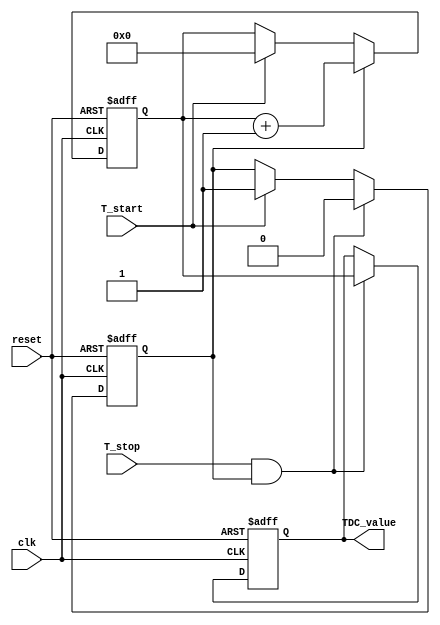
module TDC (
    input wire clk,              // System clock
    input wire reset,            // Reset signal
    input wire T_start,          // Start signal
    input wire T_stop,           // Stop signal
    output reg [15:0] TDC_value   // Output digital representation of time interval
);

    // Parameters for delay line lengths and counts
    parameter REF_DELAY_COUNT = 8; // Number of elements in reference delay line
    parameter MEAS_DELAY_COUNT = 8; // Number of elements in measuring delay line
    parameter DELAY_INCREMENT = 1;   // Delay increment in clock cycles

    // Delay line registers
    reg [REF_DELAY_COUNT-1:0] ref_delay_line;
    reg [MEAS_DELAY_COUNT-1:0] meas_delay_line;

    // Counter for measuring time intervals
    reg [15:0] counter;
    reg measuring;

    // Comparator output
    wire ref_out;
    wire meas_out;

    // Assign outputs from the last elements of the delay lines
    assign ref_out = ref_delay_line[REF_DELAY_COUNT-1];
    assign meas_out = meas_delay_line[MEAS_DELAY_COUNT-1];

    // Initialize the delay lines and counter
    always @(posedge clk or posedge reset) begin
        if (reset) begin
            ref_delay_line <= 0;
            meas_delay_line <= 0;
            counter <= 0;
            TDC_value <= 0;
            measuring <= 0;
        end else begin
            // Shift the reference delay line
            ref_delay_line <= {ref_delay_line[REF_DELAY_COUNT-2:0], T_start};

            // Shift the measuring delay line
            if (measuring) begin
                meas_delay_line <= {meas_delay_line[MEAS_DELAY_COUNT-2:0], T_stop};
            end else begin
                meas_delay_line <= 0;
            end
            
            // Start counting on T_start signal
            if (T_start) begin
                counter <= 0;
                measuring <= 1; // Begin measuring
            end
            
            // Increment counter if measuring
            if (measuring) begin
                counter <= counter + 1;
            end

            // Stop measuring on T_stop signal and capture the count
            if (T_stop && measuring) begin
                measuring <= 0; // Stop measuring
                TDC_value <= counter; // Capture the count value
            end
        end
    end

endmodule